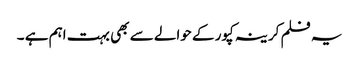
یہ فلم کرینہ کپور کے حوالے سے بھی بہت اہم ہے ۔